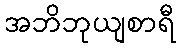
အဘိဘုယျစာရီ